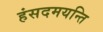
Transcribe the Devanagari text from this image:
हंसदमयन्ति